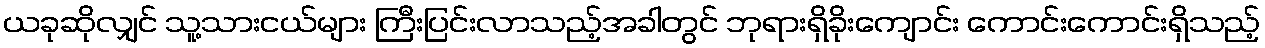
ယခုဆိုလျှင် သူ့သားငယ်များ ကြီးပြင်းလာသည့်အခါတွင် ဘုရားရှိခိုးကျောင်း ကောင်းကောင်းရှိသည့်